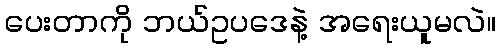
ပေးတာကို ဘယ်ဥပဒေနဲ့ အရေးယူမလဲ။